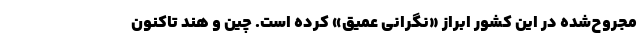
مجروح‌شده در این کشور ابراز «نگرانی عمیق» کرده است. چین و هند تاکنون